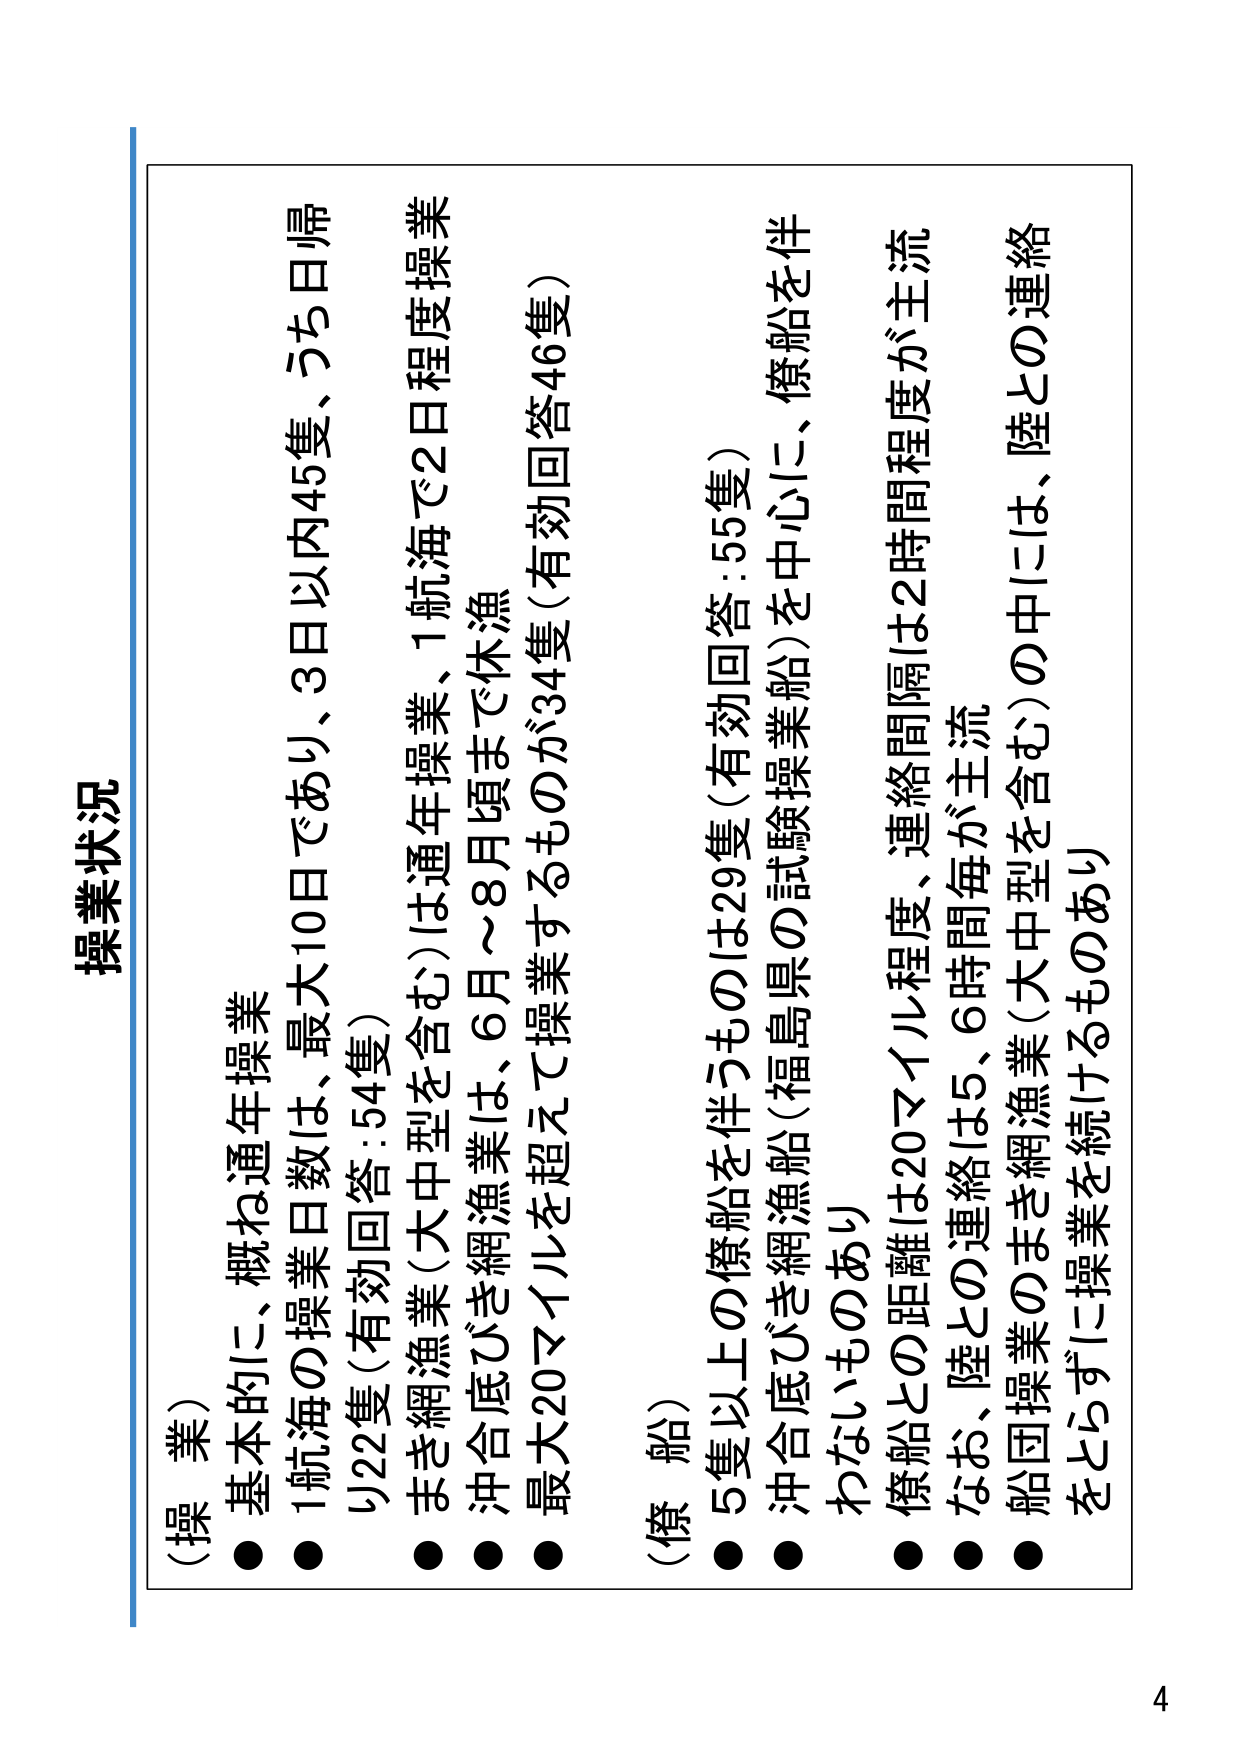
操業状況

（操業）
● 基本的に、概ね通年操業
● 1航海の操業日数は、最大10日であり、3日以内45隻、5ち日帰
  り22隻（有効回答：54隻）
● まき網漁業（大中型を含む）は通年操業、1航海で2日程度操業
● 沖合底びき網漁業は、6月～8月頃まで休漁
● 最大20マイルを超えて操業するものが34隻（有効回答46隻）

（僚船）
● 5隻以上の僚船を伴うものは29隻（有効回答：55隻）
● 沖合底びき網漁船（福島県の試験操業船）を中心に、僚船を伴
  わないものあり
● 僚船との距離は20マイル程度、連絡間隔は2時間程度が主流
● なお、陸との連絡は5、6時間毎が主流
● 船団操業のまき網漁業（大中型を含む）の中には、陸との連絡
  をとらずに操業を続けるものあり

4